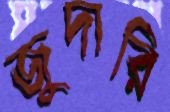
জুদারি